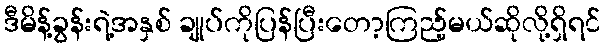
ဒီမိန့်ခွန်းရဲ့အနှစ် ချုပ်ကိုပြန်ပြီးတော့ကြည့်မယ်ဆိုလို့ရှိရင်